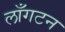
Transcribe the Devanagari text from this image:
लाँगटन